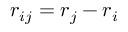
{ \boldsymbol { r } } _ { i j } = { \boldsymbol { r } } _ { j } - { \boldsymbol { r } } _ { i }